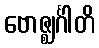
ဗောဇ္ဈင်္ဂါတိ